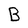
Character: B